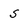
Character: S